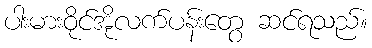
ပါးမားဝိုင်အိုလက်ပန်းတွေ ဆင်ရသည်။